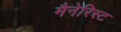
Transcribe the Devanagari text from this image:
मैनेरिस्ट